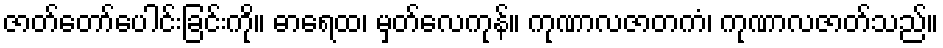
ဇာတ်တော်ပေါင်းခြင်းကို။ ဓာရေထ၊ မှတ်လေကုန်။ ကုဏာလဇာတကံ၊ ကုဏာလဇာတ်သည်။